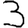
Digit: 3